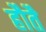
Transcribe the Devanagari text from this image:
हौतै